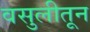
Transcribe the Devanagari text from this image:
वसुलीतून